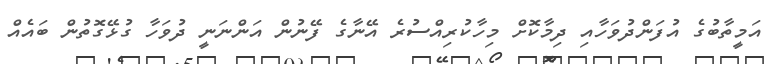
އަމީތާބުގެ އުފަންދުވަހާއި ދިމާކޮށް މިހާކުރިއްސުރެ އޭނާގެ ފޭނުން އަންނަނީ ދުވަހާ ގުޅޭގޮތުން ބައެއް